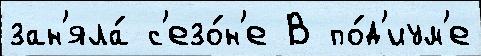
зан'яла́ с'езо́н'е В по́д'иум'е